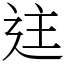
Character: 迬